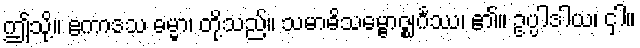
ဤသို့။ ဧကာဒသ ဓမ္မာ၊ တို့သည်။ သမာဓိသမ္ဗောဇ္ဈင်္ဂဿ၊ ၏။ ဥပ္ပါဒါယ၊ ငှါ။